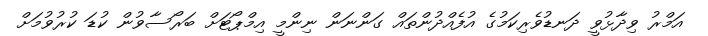
އަމްރު ވިދާޅުވީ ދަނޑުވެރިކަމުގެ އުފެއްދުންތައް ގަންނަން ނިންމީ އިމްޕޯޓަށް ބަރޯސާވުން ކުޑަ ކުރުވުމަށް